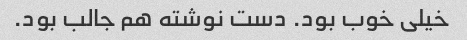
خیلی خوب بود. دست نوشته هم جالب بود.